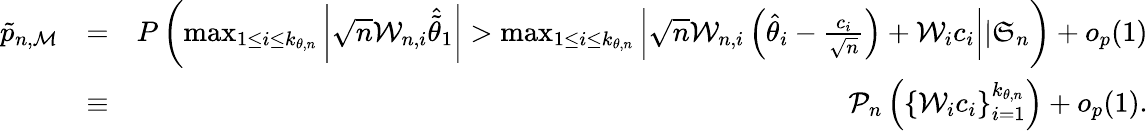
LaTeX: \begin{array}{rlr}{\tilde{p}_{n,\mathcal{M}}}&{=}&{P\left(\operatorname*{max}_{1\leq i\leq k_{\theta,n}}\left\vert\sqrt{n}\mathcal{W}_{n,i}\widehat{\tilde{\theta}}_{1}\right\vert>\operatorname*{max}_{1\leq i\leq k_{\theta,n}}\left\vert\sqrt{n}\mathcal{W}_{n,i}\left(\hat{\theta}_{i}-\frac{c_{i}}{\sqrt{n}}\right)+\mathcal{W}_{i}c_{i}\right\vert|\mathfrak{S}_{n}\right)+o_{p}(1)}\\ &{\equiv}&{\mathcal{P}_{n}\left(\left\{ \mathcal{W}_{i}c_{i}\right\} _{i=1}^{k_{\theta,n}}\right)+o_{p}(1).}\end{array}